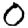
Digit: 0